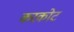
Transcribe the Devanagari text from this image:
करकोट